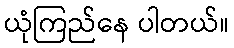
ယုံကြည်နေ ပါတယ်။